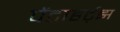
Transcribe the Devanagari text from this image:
पेंटाहर्ट्‌झ